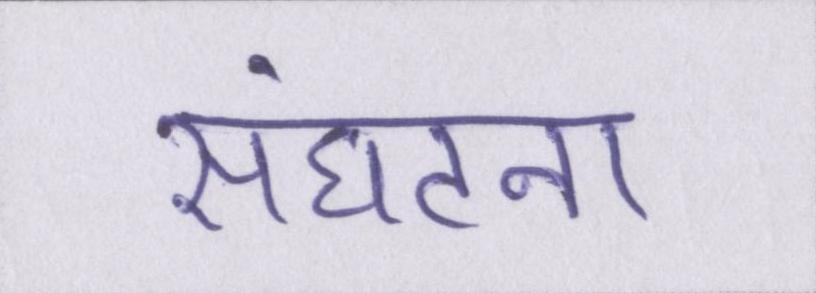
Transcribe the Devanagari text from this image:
संघटना